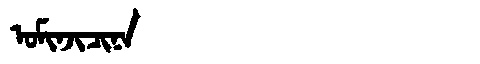
Manchu: ᠣᠮᡳᠨᠵᡳᠴᡳᠨᠠ
Romanization: OMINJICINA